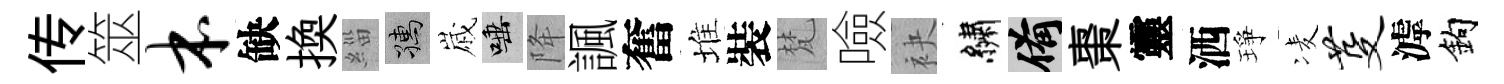
传筮本缺換緇孺𡻕唾降諷奮堆裝梵噞袂繡備棗靈洒琤凌芟滹鈎